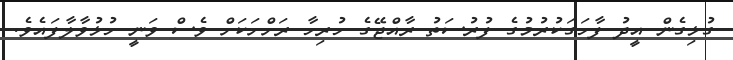
ގުޅިގެން އީދު ފާހަގަކުރުމުގެ ފުރުސަތު ރާއްޖޭގެ ހުރިހާ ރަށްށަކަށް ވެސް ވަނީ ހުޅުވާލާފައެވެ.